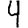
Digit: 4